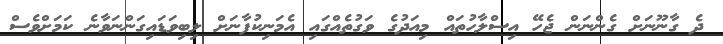
ދެ ގާނޫނަށް ގެންނަން ޖެހޭ އިސްލާހުތައް މިއަދުގެ ވަގުތެއްގައި އެމަނިކުފާނަށް ލިބިވަޑައިގަންނަވާނެ ކަމަށްވެސް